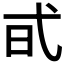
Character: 𢎃